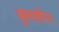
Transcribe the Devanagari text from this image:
कुलसौरभ